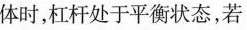
体时，杠杆处于平衡状态，若 GA